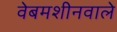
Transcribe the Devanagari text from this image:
वेबमशीनवाले